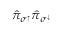
\hat { \pi } _ { \sigma ^ { \uparrow } } \hat { \pi } _ { \sigma ^ { \downarrow } }